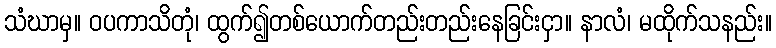
သံဃာမှ။ ဝပကာသိတုံ၊ ထွက်၍တစ်ယောက်တည်းတည်းနေခြင်းငှာ။ နာလံ၊ မထိုက်သနည်း။